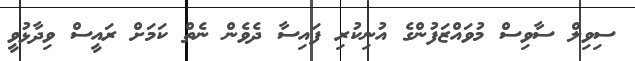
ސިވިލް ސާވިސް މުވައްޒަފުންގެ އުނިކުރި ފައިސާ ދެވެން ނެތް ކަމަށް ރައީސް ވިދާޅުވީ